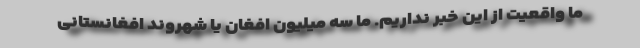
ما واقعیت از این خبر نداریم. ما سه میلیون افغان یا شهروند افغانستانی